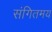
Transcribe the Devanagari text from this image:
संगितमय